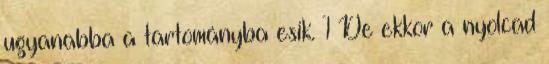
ugyanabba a tartományba esik. 1 De ekkor a nyolcad